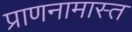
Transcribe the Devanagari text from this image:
प्राणनामास्त